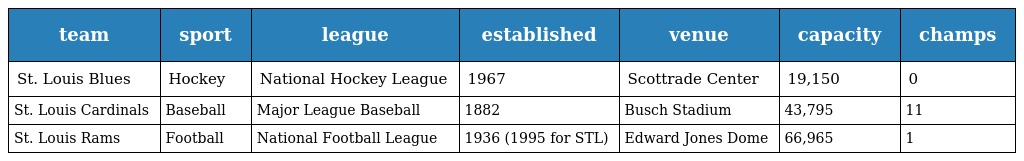
| team | sport | league | established | venue | capacity | champs |
 | --- | --- | --- | --- | --- | --- | --- |
 | St. Louis Blues | Hockey | National Hockey League | 1967 | Scottrade Center | 19,150 | 0 |
 | St. Louis Cardinals | Baseball | Major League Baseball | 1882 | Busch Stadium | 43,795 | 11 |
 | St. Louis Rams | Football | National Football League | 1936 (1995 for STL) | Edward Jones Dome | 66,965 | 1 |